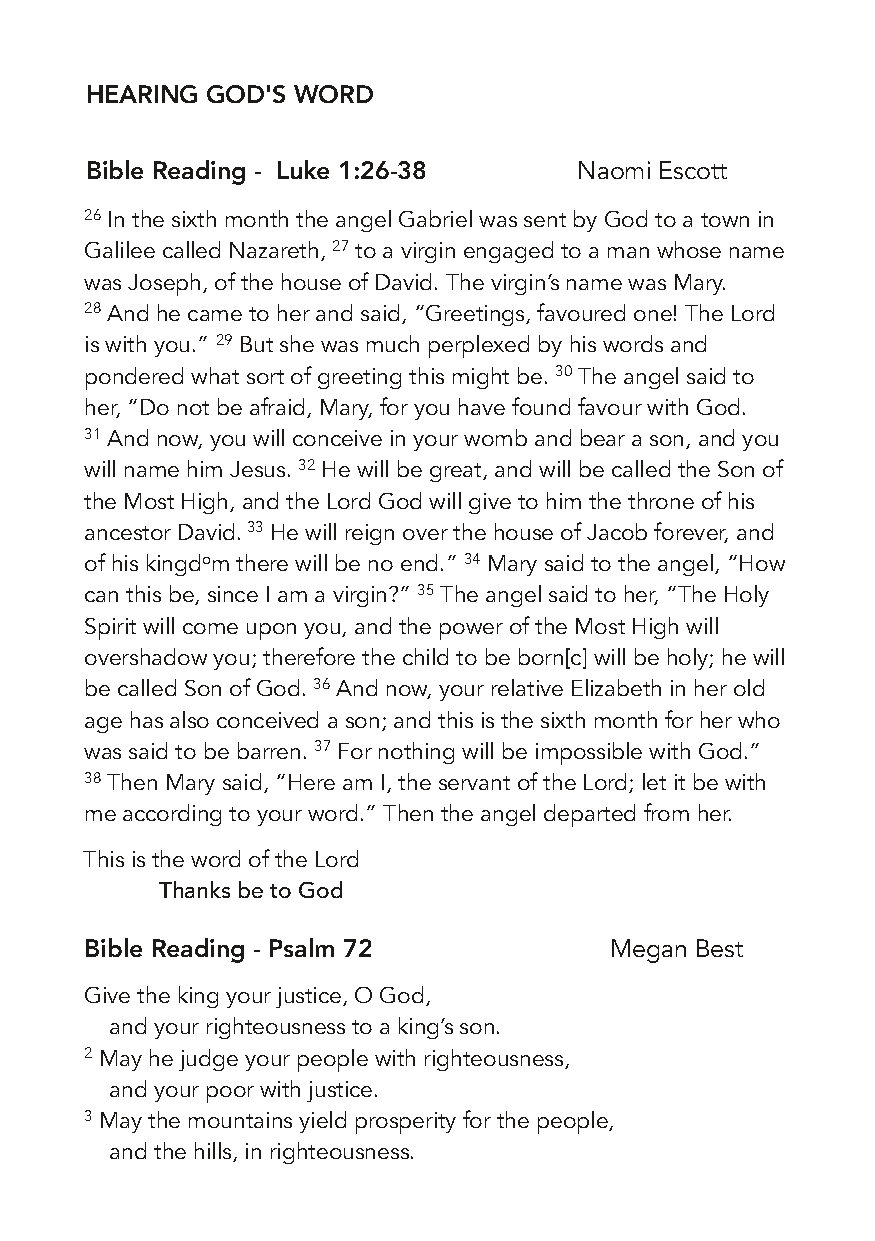
HEARING GOD'S WORD
 Bible Reading - Luke 1:26-38    Naomi Escott
 26 In the sixth month the angel Gabriel was sent by God to a town in
 Galilee called Nazareth, 27 to a virgin engaged to a man whose name
 was Joseph, of the house of David. The virgin’s name was Mary.
 28 And he came to her and said, “Greetings, favoured one! The Lord
 is with you.” 29 But she was much perplexed by his words and
 pondered what sort of greeting this might be. 30 The angel said to
 her, “Do not be afraid, Mary, for you have found favour with God.
 31 And now, you will conceive in your womb and bear a son, and you
 will name him Jesus. 32 He will be great, and will be called the Son of
 the Most High, and the Lord God will give to him the throne of his
 ancestor David. 33 He will reign over the house of Jacob forever, and
 of his kingdom there will be no end.” 34 Mary said to the angel, “How
 can this be, since I am a virgin?” 35 The angel said to her, “The Holy
 Spirit will come upon you, and the power of the Most High will
 overshadow you; therefore the child to be born[c] will be holy; he will
 be called Son of God. 36 And now, your relative Elizabeth in her old
 age has also conceived a son; and this is the sixth month for her who
 was said to be barren. 37 For nothing will be impossible with God.”
 38 Then Mary said, “Here am I, the servant of the Lord; let it be with
 me according to your word.” Then the angel departed from her.
 This is the word of the Lord
 Thanks be to God
 Bible Reading - Psalm 72          Megan Best
 Give the king your justice, O God,
 and your righteousness to a king’s son.
 2 May he judge your people with righteousness,
 and your poor with justice.
 3 May the mountains yield prosperity for the people,
 and the hills, in righteousness.